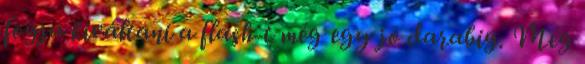
fogja kiváltani a flash-t még egy jó darabig. Még